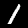
Digit: 1